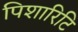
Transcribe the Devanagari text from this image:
पिशारिटि